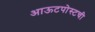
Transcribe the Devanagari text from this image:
आऊटपोस्टची